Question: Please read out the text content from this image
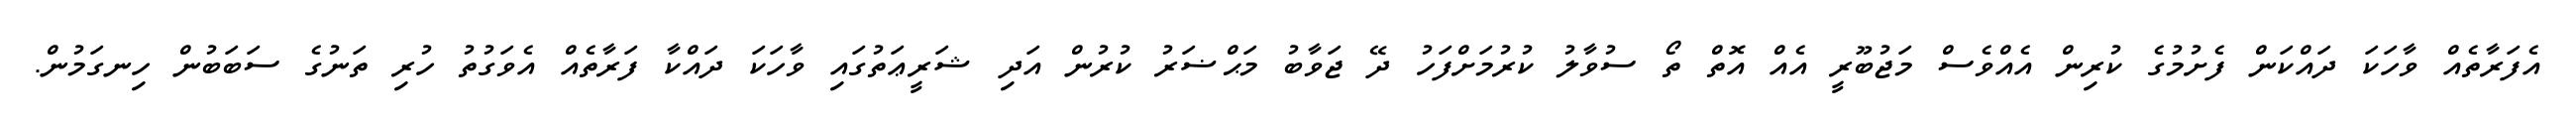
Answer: އެފަރާތެއް ވާހަކަ ދައްކަން ފެށުމުގެ ކުރިން އެއްވެސް މަޖުބޫރީ އެއް އޮތް ތޯ ސުވާލު ކުރުމަށްފަހު ދޭ ޖަވާބު މަޙްޟަރު ކުރުން އަދި ޝަރީޢަތުގައި ވާހަކަ ދައްކާ ފަރާތެއް އެވަގުތު ހުރި ތަނުގެ ސަބަބުން ހިނގަމުން.